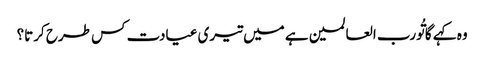
وہ کہے گا تُورب العالمین ہے میں تیری عیادت کس طرح کرتا؟